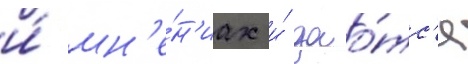
и́ мн'е́н'иах и́ дао́тс'я